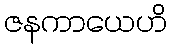
ဇနကာယေဟိ